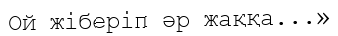
Ой жіберіп әр жаққа...»